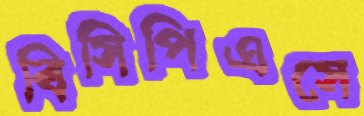
বিসিপিএসে